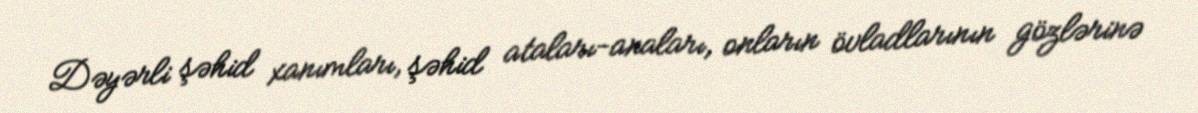
Dəyərli şəhid xanımları, şəhid ataları-anaları, onların övladlarının gözlərinə